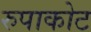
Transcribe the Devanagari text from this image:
रुपाकोट